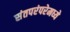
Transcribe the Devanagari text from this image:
संतपरंपरेमध्ये